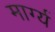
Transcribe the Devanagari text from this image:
मार्ग्य